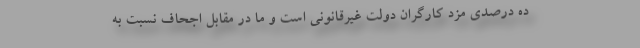
ده درصدی مزد کارگران دولت غیرقانونی است و ما در مقابل اجحاف نسبت به